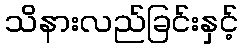
သိနားလည်ခြင်းနှင့်